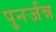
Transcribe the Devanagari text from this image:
पुनर्जन्न